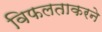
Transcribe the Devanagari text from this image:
विफलताकरने